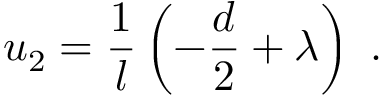
u _ { 2 } = \frac 1 l \left( - \frac { d } 2 + \lambda \right) ~ .